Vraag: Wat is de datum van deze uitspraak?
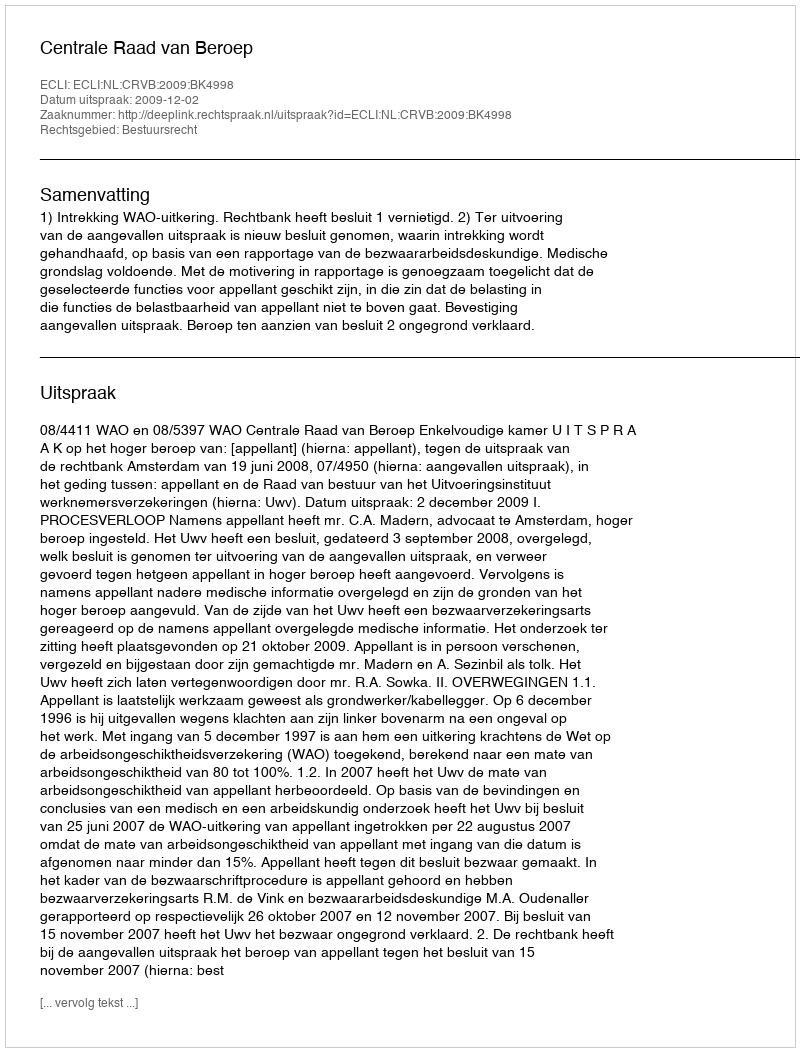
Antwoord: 2009-12-02